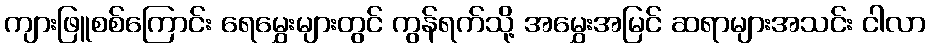
ကျားဖြူစစ်ကြောင်း ရေမွှေးများတွင် ကွန်ရက်သို့ အမွှေးအမြင် ဆရာများအသင်း ငါလာ